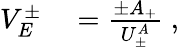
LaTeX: \begin{array}{rl}{V_{E}^{\pm}}&{{}=\frac{\pm A_{+}}{U_{\pm}^{A}}\; ,}\end{array}